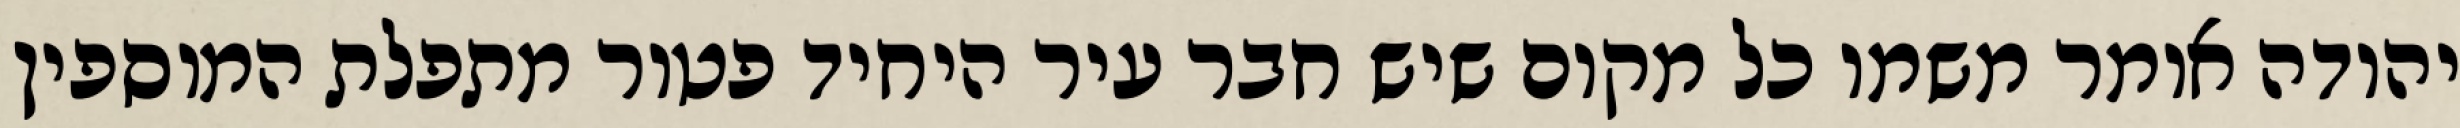
יהודה אומר משמו כל מקום שיש חבר עיר היחיד פטור מתפלת המוספין